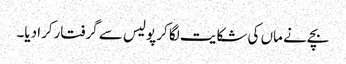
بچے نے ماں کی شکایت لگا کر پولیس سے گرفتارکرا دیا۔